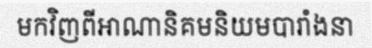
មកវិញពីអាណានិគមនិយមបារាំងនា